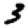
Digit: 3